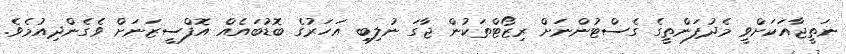
ނަތީޖާއަކަށްވީ މެދުފަންތީގެ ގެސްޓުންނަށް ރިޒޯޓްތަކުން ޖާގަ ނުލިބި އަހަރުގެ ބޮޑުބައެއް އޮފްސީޒަނަށް ވެގެންދިއުމެވެ.